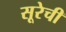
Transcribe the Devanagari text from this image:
सूरेची